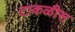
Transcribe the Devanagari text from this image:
टाकळीस